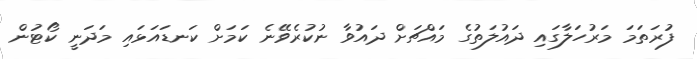
ފުރަތަމަ މަރުހަލާގައި ދައުލަތުގެ މައްޗަށް ދައުވާ ނުކުރެވޭނެ ކަމަށް ކަނޑައަޅައި މަދަނީ ކޯޓުން